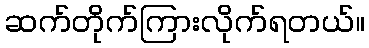
ဆက်တိုက်ကြားလိုက်ရတယ်။